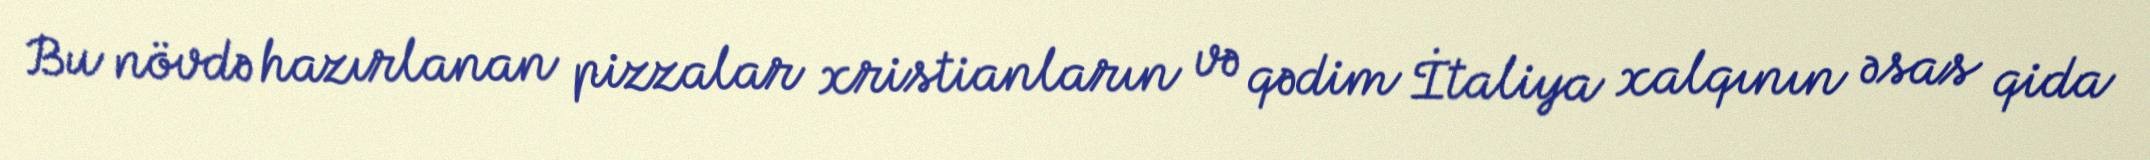
Bu növdə hazırlanan pizzalar xristianların və qədim İtaliya xalqının əsas qida